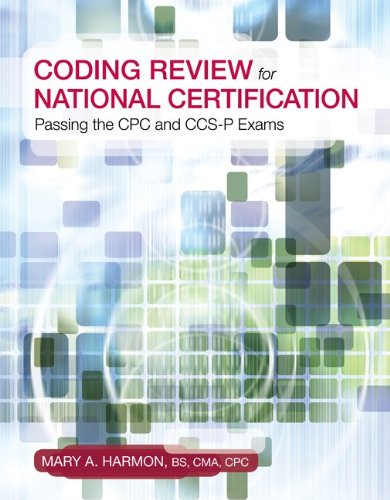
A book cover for Coding Review for National Certification: Passing the CPC and CCS-P Exams; Mary Harmon; Medical Books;